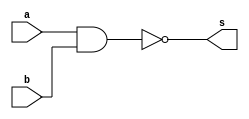
// -------------------------
// Exemplo0001 - NAND
// Nome: Guilherme Alves
// -------------------------
// -------------------------
// -- NAND gate
// -------------------------
module nandgate (output s,input a,
                        input  b);
assign s = ~(a & b);
endmodule // nandgate
// -------------------------
// -- test NAND gate
// -------------------------
module testnandgate;
// ------------------------- dados locais
   reg    a,b;   // definir registrador
                 // (variavel independente)
   wire   s;   // definir conexao (fio)
                // (variavel dependente  )
// ------------------------- instancia
  nandgate NAND1 (s, a,b);
// ------------------------- preparacao
   initial begin:start
      a=0;
		b=0;    // valor inicial
   end// ------------------------- parte principal
   initial begin
         $display("Exrcicio1 - Guilherme Alves - 450161");
         $display("Test NAND gate");
			$display("a  b = s");
          a=0;
			 b=0;
#1   		$display(a, "  " ,b,     "   " ,s);
           a= 0;
			  b =1;
#1   		$display(a, "  " ,b,     "   " ,s);
  			a = 1;
			b = 0;
#1   		$display(a, "  " ,b,     "   " ,s);	
			a=1;
			b=1;
#1   		$display(a, "  " ,b,     "   " ,s);
   end
endmodule // testnandgate